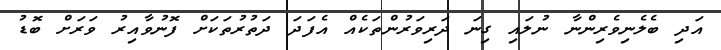
އަދި ބެލެނިވެރިންނާ ނުލައި ގިނަ ދަރިވަރުންތަކެއް އެފަދަ ދަތުރުތަކަށް ފޮނުވާއިރު ވަރަށް ބޮޑު